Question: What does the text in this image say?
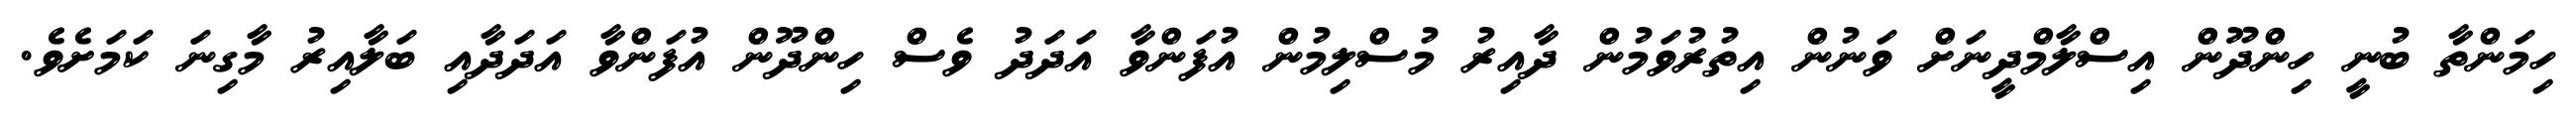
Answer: ހިމަންތާ ބުނީ ހިންދޫން އިސްލާމްދީނަށް ވަނުން އިތުރުވަމުން ދާއިރު މުސްލިމުން އުފަންވާ އަދަދު ވެސް ހިންދޫން އުފަންވާ އަދަދާއި ބަލާއިރު މާގިނަ ކަމަށެވެ.